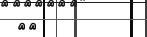
٧٧